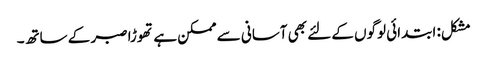
مشکل: ابتدائی لوگوں کے لئے بھی آسانی سے ممکن ہے تھوڑا صبر کے ساتھ۔